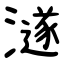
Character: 澻